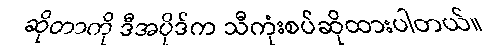
ဆိုတာကို ဒီအပိုဒ်က သီကုံးစပ်ဆိုထားပါတယ်။